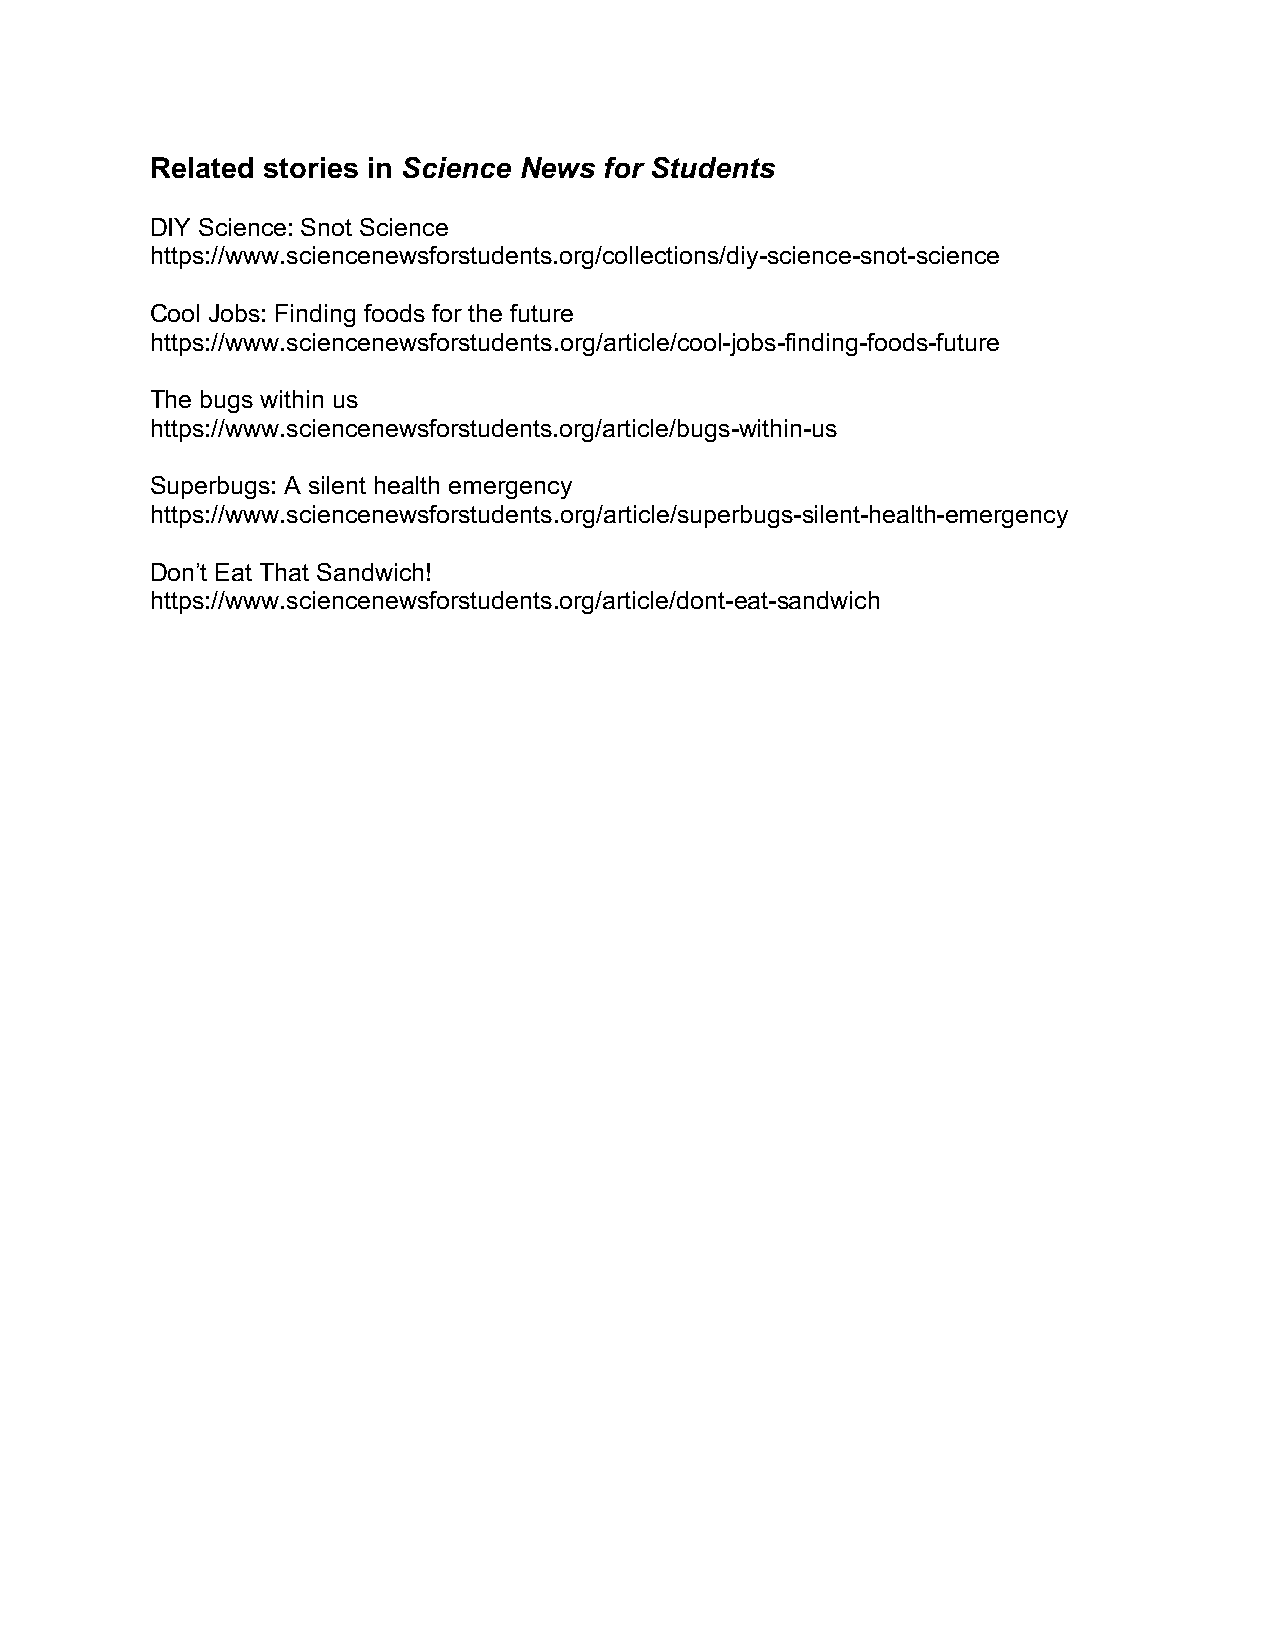
Related stories in Science News for Students
 DIY Science: Snot Science
 https://www.sciencenewsforstudents.org/collections/diy-science-snot-science
 Cool Jobs: Finding foods for the future
 https://www.sciencenewsforstudents.org/article/cool-jobs-finding-foods-future
 The bugs within us
 https://www.sciencenewsforstudents.org/article/bugs-within-us
 Superbugs: A silent health emergency
 https://www.sciencenewsforstudents.org/article/superbugs-silent-health-emergency
 Don’t Eat That Sandwich!
 https://www.sciencenewsforstudents.org/article/dont-eat-sandwich